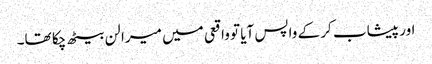
اور پیشاب کر کے واپس آیا تو واقعی میں میرا لن بیٹھ چکا تھا۔